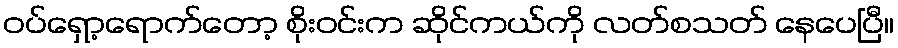
ဝပ်ရှော့ရောက်တော့ စိုးဝင်းက ဆိုင်ကယ်ကို လတ်စသတ် နေပေပြီ။